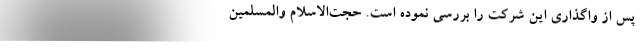
پس از واگذاری این شرکت را بررسی نموده است. حجت‌الاسلام والمسلمین